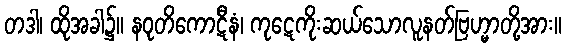
တဒါ၊ ထိုအခါ၌။ နဝုတိကောဋီနံ၊ ကုဋေကိုးဆယ်သောလူနတ်ဗြဟ္မာတို့အား။